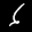
Label: 6